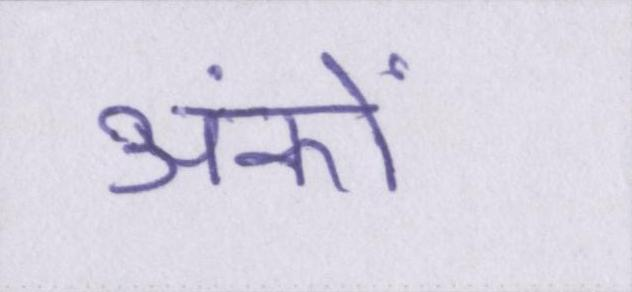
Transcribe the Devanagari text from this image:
अंकों